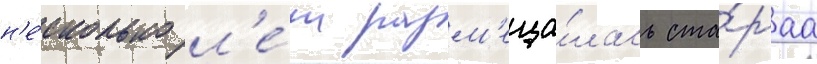
н'е́сколько л'е́т разм'еща́лась ста́раа